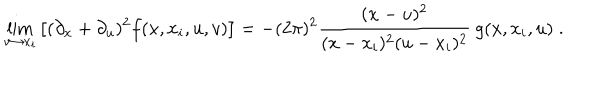
\lim _ { v \to x _ { i } } \left[ ( \partial _ { x } + \partial _ { u } ) ^ { 2 } f ( x , x _ { i } , u , v ) \right] = - ( 2 \pi ) ^ { 2 } \frac { ( x - u ) ^ { 2 } } { ( x - x _ { i } ) ^ { 2 } ( u - x _ { i } ) ^ { 2 } } \: g ( x , x _ { i } , u ) \; .